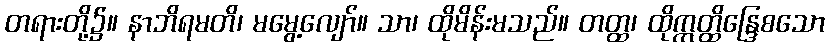
တရားတို့၌။ နာဘိရမတိ၊ မမွေ့လျော်။ သာ၊ ထိုမိန်းမသည်။ တတ္ထ၊ ထိုဣတ္ထိန္ဒြေစသော